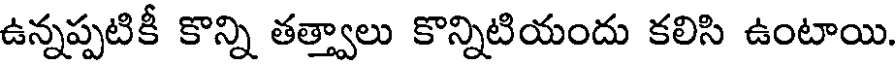
ఉన్నప్పటికీ కొన్ని తత్త్వాలు కొన్నిటియందు కలిసి ఉంటాయి.